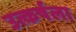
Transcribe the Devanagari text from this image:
उत्कर्षला